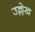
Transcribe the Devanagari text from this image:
उल्ले़ख